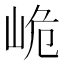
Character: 峗